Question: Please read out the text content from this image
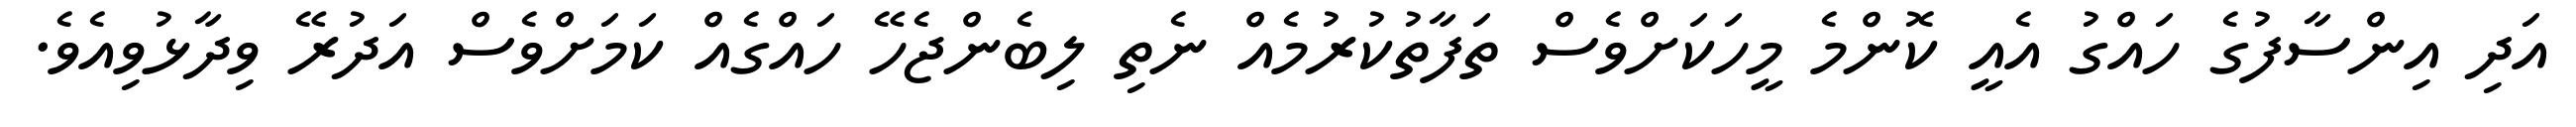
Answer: އަދި އިންސާފުގެ ހައްގު އެއީ ކޮންމެ މީހަކަށްވެސް ތަފާތުކުރުމެއް ނެތި ލިބެންޖެހޭ ހައްގެއް ކަމަށްވެސް އަދުރޭ ވިދާޅުވިއެވެ.